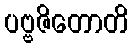
ပဗ္ဗဇိတောတိ